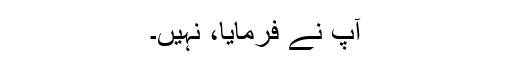
آپ نے فرمایا، نہیں۔